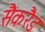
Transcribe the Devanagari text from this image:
सैकरैड